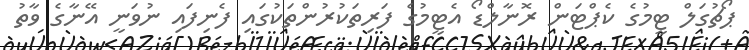
ޕޯޗުގަލް ޓީމުގެ ކެޕްޓަން ރޮނާލްޑޯ އެޓީމުގެ ފަރިތަކުރުންތަކުގައި ފެނިފައި ނުވަނީ އޭނާގެ ވާތު